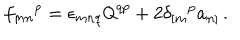
f _ { m n } { } ^ { p } = \epsilon _ { m n q } \mathsf { Q } ^ { q p } + 2 \delta _ { [ m } { } ^ { p } a _ { n ] } \, .